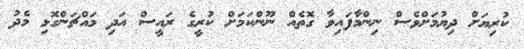
ކުރިޔަށް ދިޔުމަށްވެސް ނިންމާފައިވާ ގޮތެއް ނޫންކަމަށް ކުރީގެ ރައީސް އަދި މައްޗަންގޮޅި މެދު